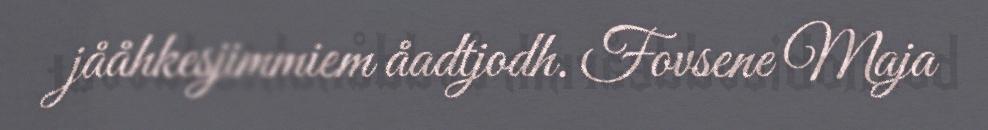
jååhkesjimmiem åadtjodh. Fovsene Maja